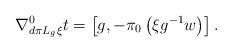
LaTeX: \begin{align*}\nabla^0_{d\pi L_g\xi} t=\left[g, -\pi_0\left(\xi g^{-1}w\right)\right].\end{align*}